Annual report on the Civil Veterinary Department, Burma (including the Insein Veterinary School) - 1932-1941
Year: 1932
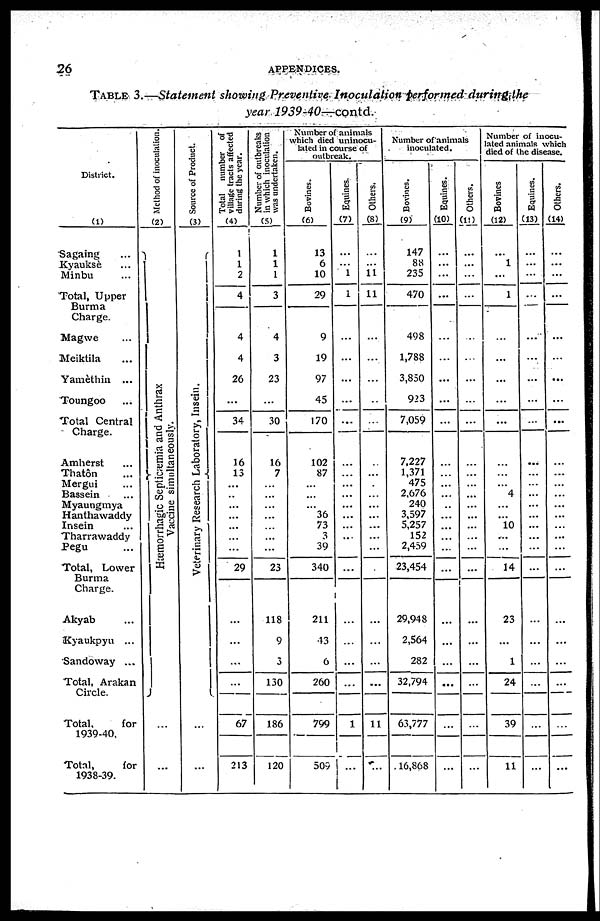
26
APPENDICES.
TABLE 3.—Statement showing Preventive Inoculation performed during the
year 1939-40—contd.
District.
(1)
Sagaing ...
Kyauksè ...
Minbu ...
Total, Upper
Burma
Charge.
Magwe ...
Meiktila ...
Yamèthin ...
Toungoo ...
Total Central
Charge.
Amherst ...
Thatôn ...
Mergui ...
Bassein ...
Myaunginya
Hanthawaddy
Insein ...
Tharrawaddy
Pegu ...
Total, Lower
Burma
Charge.
Akyab ...
Kyaukpyu ...
Sandoway ...
Total, Arakan
Circle.
Total,
for
1939-40.
Total,
for
1938-39.
Method of inoculation.
(2)
Hæmorrhagic Septicæmia and Anthrax
Vaccine simultaneously.
...
...
Source of Product.
(3)
Veterinary Research Laboratory, Insein.
...
...
Total number of
village tracts affected
during the year.
(4)
...
1
2
4
4
4
26
...
Number of outbreaks
in which inoculation
was undertaken.
(5)
1
1
1
3
4
3
23
...
Number of animals
which died uninocu-
lated in course of
outbreak.
Bovines.
(6)
13
6
10
29
9
19
97
45
Equities.
(7)
...
...
1
1
...
...
...
...
Others.
(8)
...
11
11
...
...
...
...
Number of animals
inoculated.
Bovines.
(9)
147
88
235
470
498
1,788
3,850
923
Equities.
(10)
...
...
...
...
...
...
...
...
Others.
(11)
...
...
...
...
...
...
...
...
Number of inocu-
lated animals which
died of the disease.
Bovines
(12)
...
1
...
1
...
...
...
...
Equities.
(13)
...
...
...
...
...
...
...
...
Others.
(14)
...
...
...
...
...
...
...
...
34
30
170
...
...
7,059
...
...
...
...
...
16
13
...
...
...
...
...
...
...
29
...
...
...
...
67
213
16
7
...
...
...
...
...
...
...
23
118
9
3
130
186
120
102
87
...
...
...
36
73
3
39
340
211
13
6
260
799
509
...
...
...
...
...
...
...
...
...
...
...
...
...
...
1
...
...
...
...
...
...
...
...
...
...
...
...
...
...
...
11
...
7,227
1,371
475
2,676
240
3,597
5,257
152
2,459
23,454
29,948
2,564
282
32,794
63,777
16,868
...
...
...
...
...
...
...
...
...
...
...
...
...
...
...
...
...
...
...
...
...
...
...
...
...
...
...
...
...
...
...
...
...
...
...
4
...
...
10
...
...
14
23
...
1
24
39
11
...
...
...
...
...
...
...
...
...
...
...
...
...
...
...
...
...
...
...
...
...
...
...
...
...
...
...
...
...
...
...
...